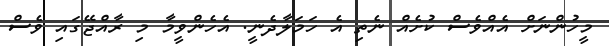
މީހުންނަށް އެއްވެސް ކުށެއް ނެތި އެ ހަމަލާދެނީ. އެހެންވީމާ މި ރާއްޖޭގައި ވެސް